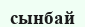
сынбай